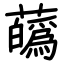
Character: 蘤